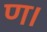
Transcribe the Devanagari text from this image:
ण।